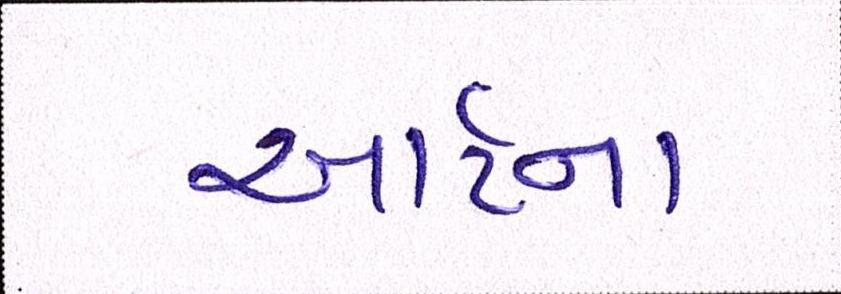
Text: આર્ટના